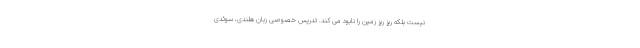
نیست بلکه ریز ریز زمین را نابود می کند. تدریس خصوصی زبان هلندی، سوئدی